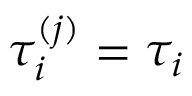
\tau _ { i } ^ { ( j ) } = \tau _ { i }